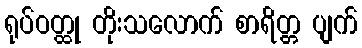
ရုပ်ဝတ္ထု တိုးသလောက် စာရိတ္တ ပျက်